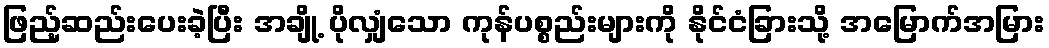
ဖြည့်ဆည်းပေးခဲ့ပြီး အချို့ ပိုလျှံသော ကုန်ပစ္စည်းများကို နိုင်ငံခြားသို့ အမြောက်အမြား